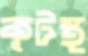
কূটস্থ